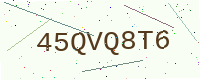
Text: 45QVQ8T6